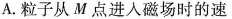
A.粒子从M点进入磁场时的速